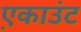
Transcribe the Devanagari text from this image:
ए़काउंट